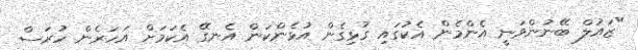
"ޒައުލް ބޭނުންވަނީ އެންމެން އެކުގައި ގުޅިގެން އުޅެންކަން އެނގޭ އެކަމަށް އަހަރެން ހުރަސް